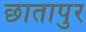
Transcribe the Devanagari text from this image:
छातापुर